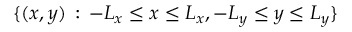
\{ ( x , y ) \, : \, - L _ { x } \leq x \leq L _ { x } , - L _ { y } \leq y \leq L _ { y } \}